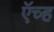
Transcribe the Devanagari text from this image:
ऍच्ह